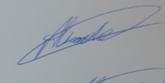
Signature authenticity: genuine